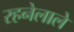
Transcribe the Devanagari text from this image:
रहनेलाले